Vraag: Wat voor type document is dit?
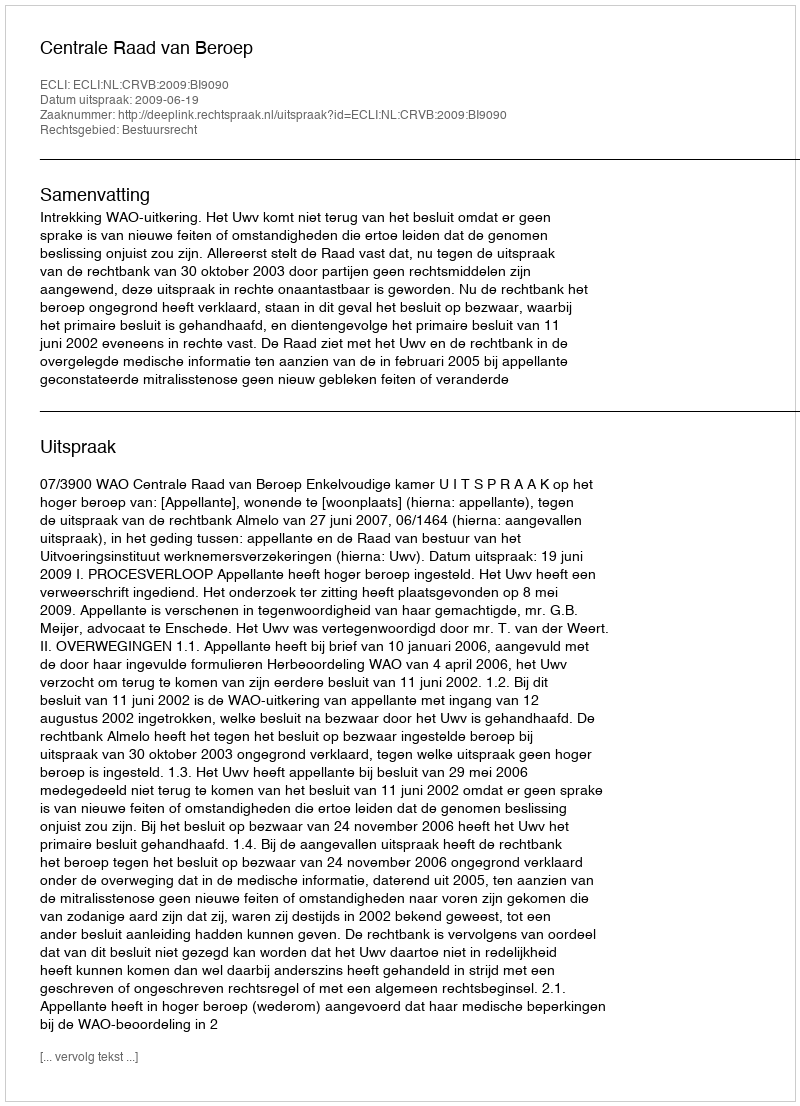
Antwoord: Uitspraak